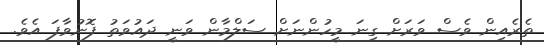
ތެރެއިން ވެސް ވަރަށް ގިނަ މީހުންނަށް ސަލްމާން ވަނީ ދައުވަތު ފޮނުވާފަ އެވެ.